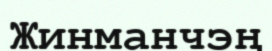
Жинманчэң